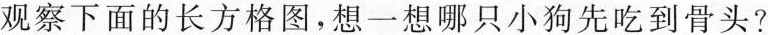
观察下面的长方格图，想一想哪只小狗先吃到骨头？